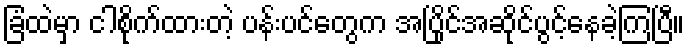
ခြံထဲမှာ ငါစိုက်ထားတဲ့ ပန်းပင်တွေက အပြိုင်အဆိုင်ပွင့်နေခဲ့ကြပြီ။